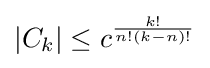
|C_{k}|\leq c^{\frac {k!}{n!(k-n)!}}